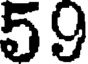
59